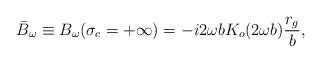
\begin{align*}\bar{B}_\omega\equiv B_{\omega}(\sigma_c=+\infty)=-i2\omega b K_o(2\omega b)\frac{r_g}{b},\end{align*}